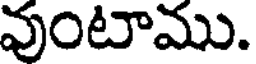
వుంటాము.